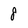
Character: 8